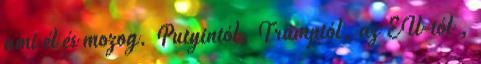
ami él és mozog. Putyintól, Trumptól, az EU-tól ,